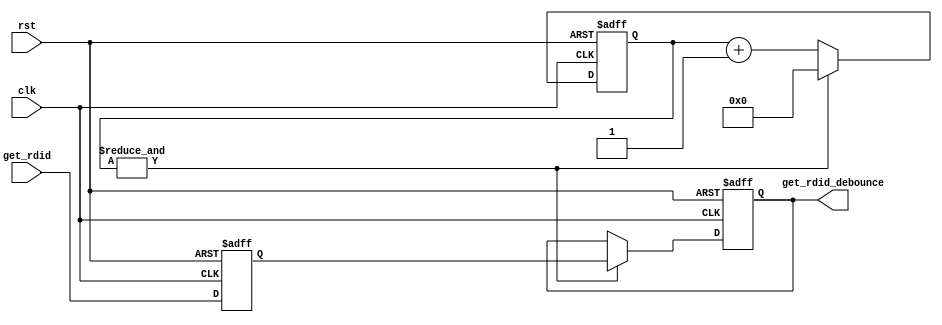
//Module to debounce the circuit for the  FPGA board
//`timescale 1ns/100ps
module debounce(input wire clk,rst, get_rdid, output reg get_rdid_debounce);
  reg q_1;
  reg [31:0] count;
  
  wire count_MAX = &count;

always @ (posedge clk or posedge rst) begin
  if(rst)
    q_1 <= 1'b0;
  else
    q_1 <= get_rdid;
end
always @ (posedge clk or posedge rst) begin
  if(rst) begin
    get_rdid_debounce <= 1'b0;
    count <= 1'b0;
  end
  else begin
    count <= count + 1'b1;
    if(count_MAX) begin
      get_rdid_debounce <= q_1;
      count <= 1'b0;
    end
  end
end




endmodule